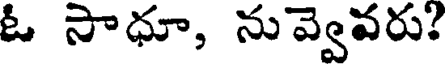
ఓ సాధూ, నువ్వెవరు?